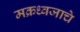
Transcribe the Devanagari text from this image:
मक्रध्वजाचे